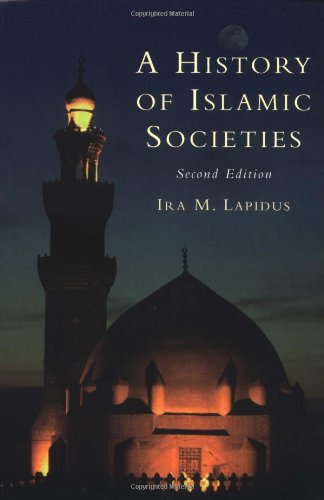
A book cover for A History of Islamic Societies; Ira M. Lapidus; Religion & Spirituality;